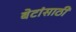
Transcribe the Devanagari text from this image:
बेटांसाठी